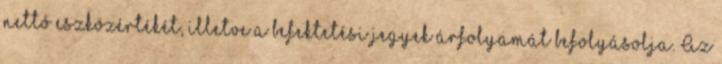
nettó eszközértékét, illetve a befektetési jegyek árfolyamát befolyásolja. Az